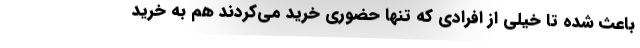
باعث شده تا خیلی از افرادی که تنها حضوری خرید می‌کردند هم به خرید